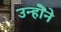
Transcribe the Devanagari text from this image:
उन्होॆने